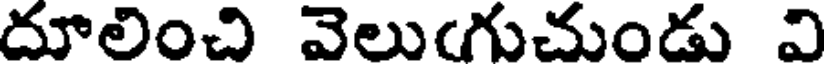
దూలించి వెలుఁగుచుండు వి